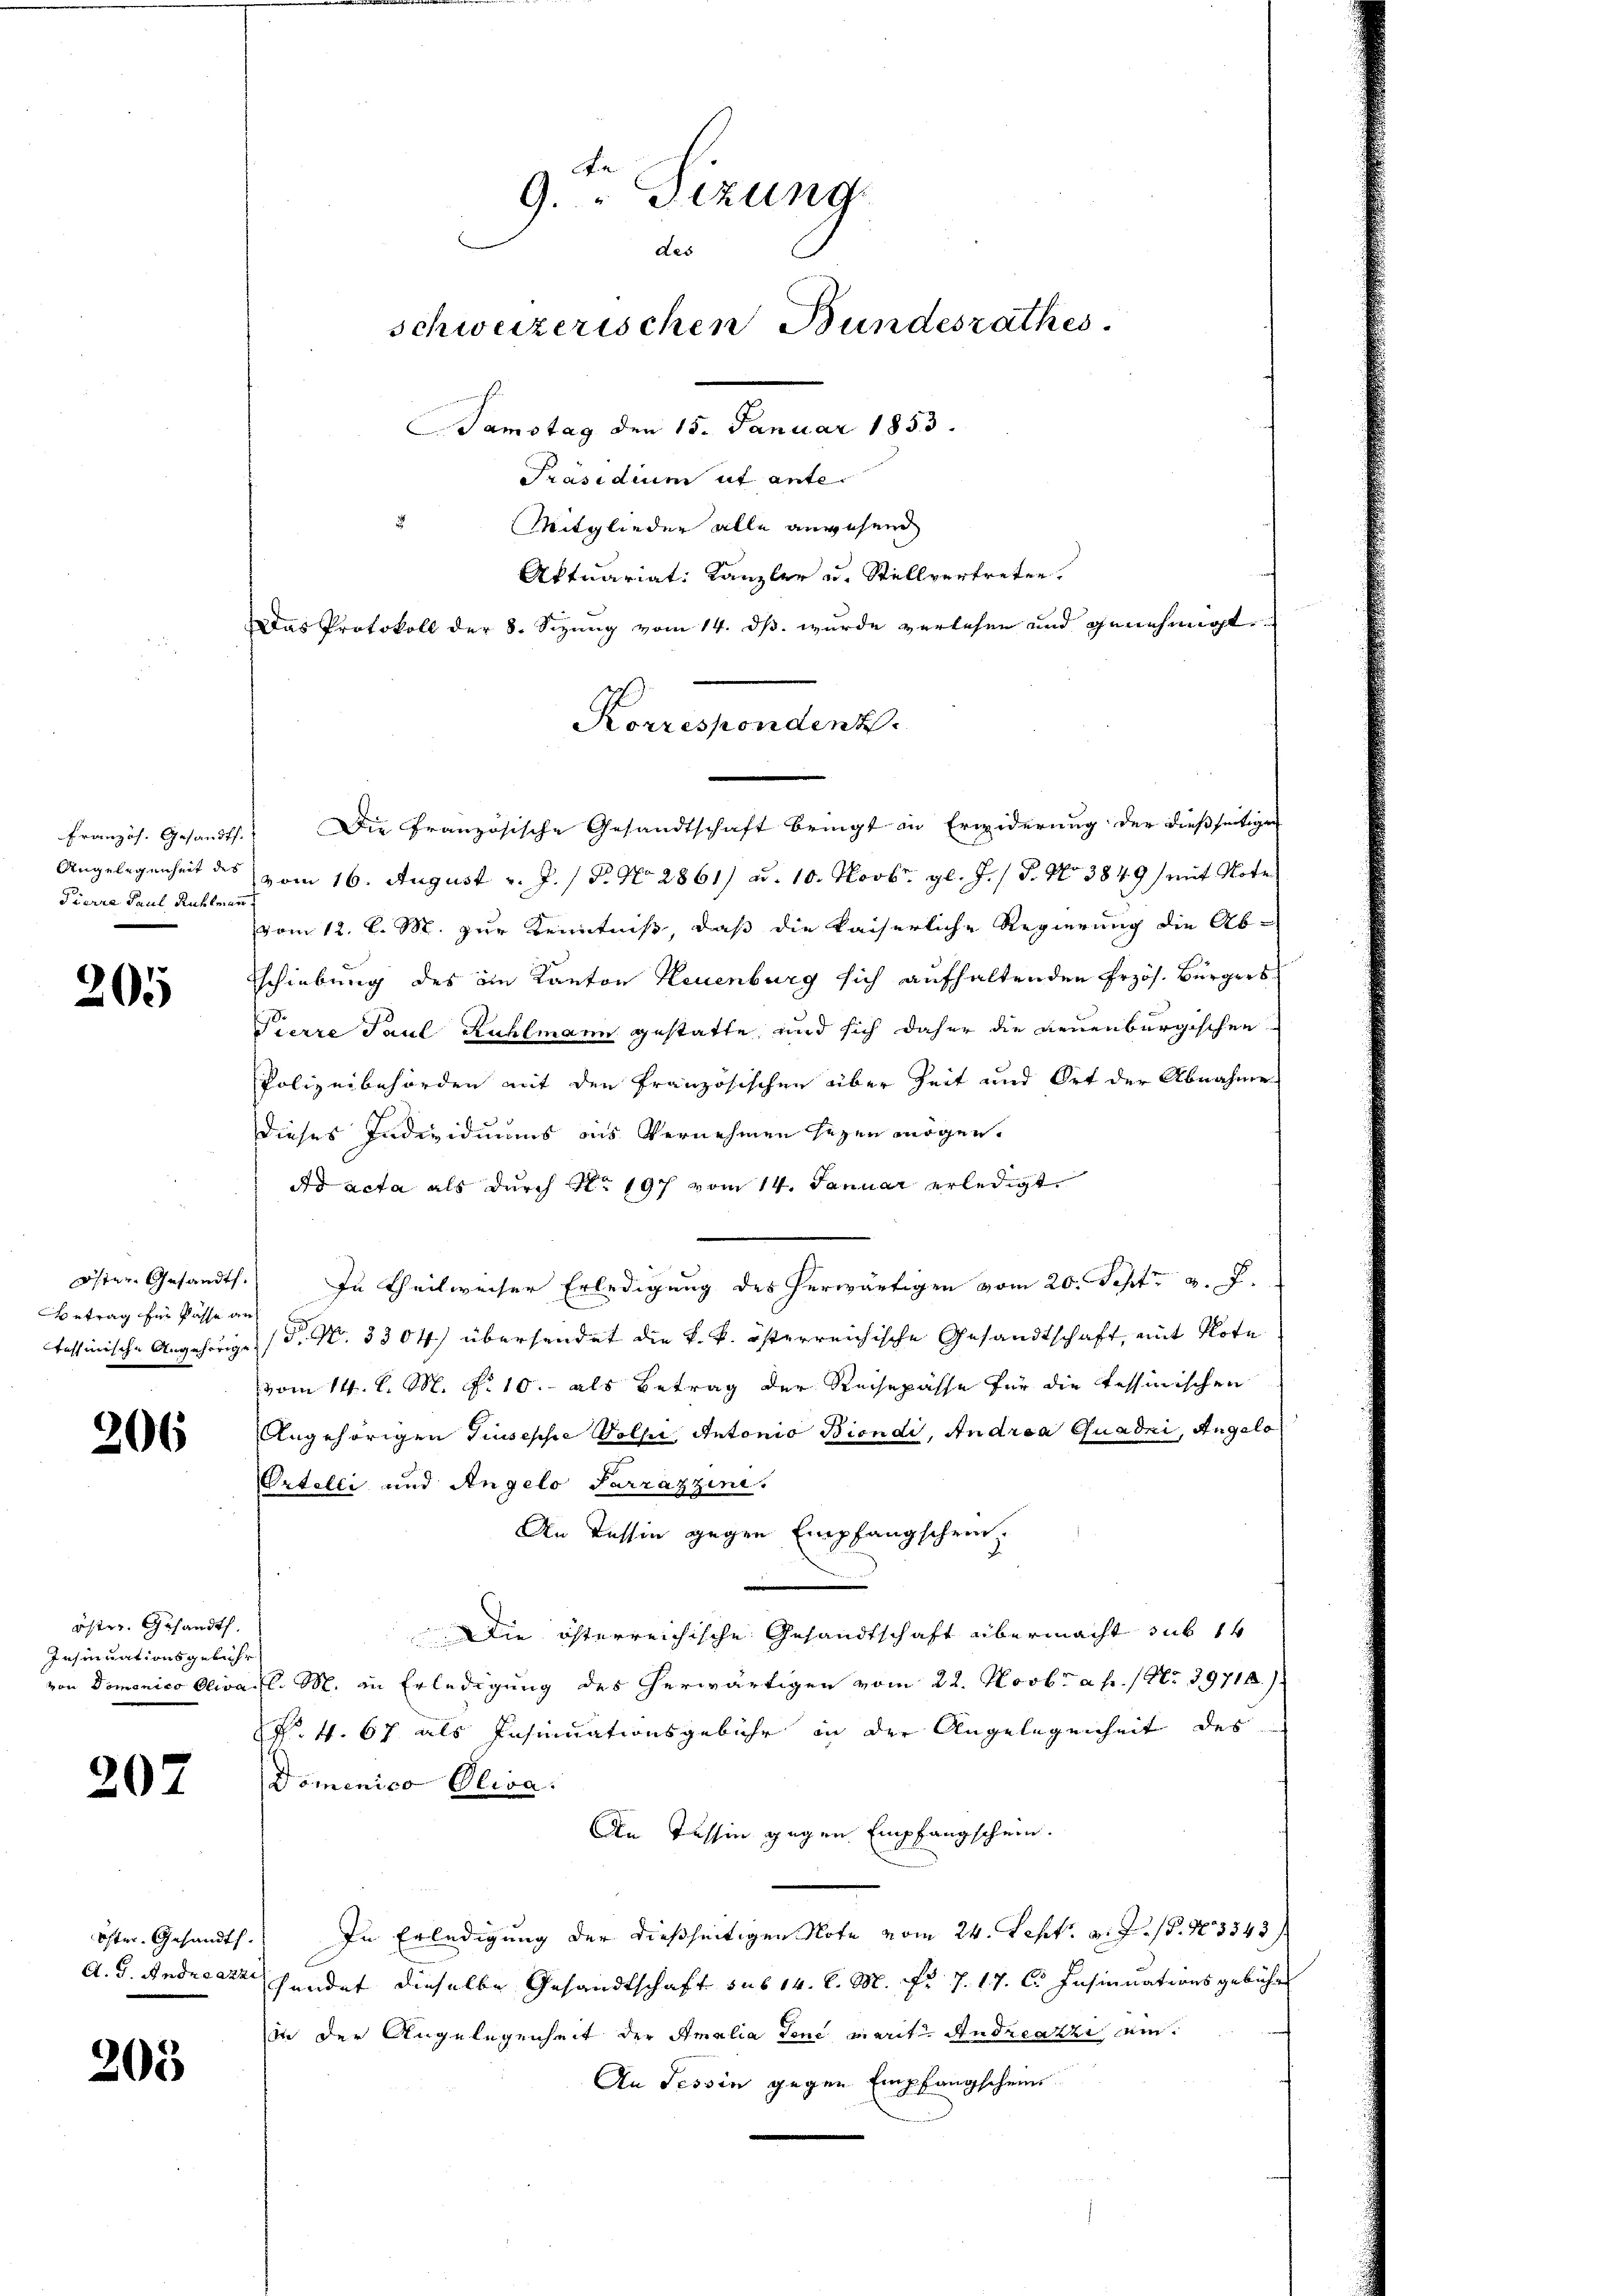
Französ. Gesandts
Angelegenheit des
Pierra Paul, Rühlmai

205

rtrag für Kasse an

206

öster. Gesandt.
Insinuationsgebühr

207

205

9. " Sizung
des
schweizerischen Bundesrathes.
Samstag den 15. Januar 1853.
Präsidium ut ante.
Mitglieder alle anwesend

Die Französische Gesandtschaft bringt in Erwiderung der dießseitigen
7.
vom 16. August v. J. / P. No. 2861) d. 10. Novbr. gl. J. / 5. No 3849 mit Note
vom 12. l. M. zur Kenntniß, daß die kaiserliche Regierung die Ab-
Eschiebung des in Kanton Neuenburg sich aufhaltenden Przös. Bürgers
Pierre Paul Rühlmann gestatte, und sich daher die neuenburgischen
Polizeibehörden mit den Französischen über Zeit und Ort der Abnahme
dieses Individuums aus Vernehmen seyen mögen.
Ad acta als durch No 197 vom 14. Januar erledigt
öster Gesandts. In Theilweiser Erledigung des herwärtigen vom 20. Sept. v. J.
tessinische Angehörige (T. N. 3304) übersendet die k. k. österreichische Gesandtschaft, mit Note
vom 14. d. M. R. 10. als Betrag der Reisepässe für die techinischen
Angehörigen Giuseppe Volle, Antonio Biondi, Andrea Quadri, Angelo
Ortelli und Angelo Sarrazzinis
An Tessin gegen Empfangschrei
Die österreichische Gesandtschaft übermacht sub 14
von Domenico Oliva l. M. an Erledigung des herwärtigen vom 22. Novbr. a. p. 1 No 39718.)
R. 4. 67 als Pasinuationsgebühr in der Angelegenheit des
Domenico Oliva.
An Tessin gegen Empfangschein.
öster Gesandts. In Erledigung der dießseitigen Note vom 24. Sept. d. J. 18. No 3343 f
A.G. Andreazz Handet dieselbe Gesandtschaft sub 14. d. M. Nr. 7. 17. C. Insinuationsgebühr
in der Angelegenheit der Amalia Tone marit. Andreazzi am
An Tessin gegen Empfangscheins

Aktuariat: Kanzler u. Stellvertreten.
Das Protokoll der 8. Sizŭng vom 14. dβ. wurde verlesen und genehmigt.
Korrespondent.